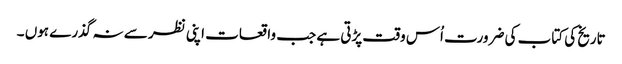
تاریخ کی کتاب کی ضرورت اُس وقت پڑتی ہے جب واقعات اپنی نظر سے نہ گذرے ہوں ۔